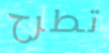
تطرح